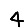
Digit: 4